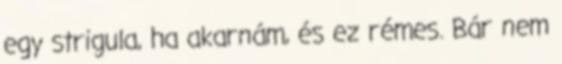
egy strigula, ha akarnám, és ez rémes. Bár nem